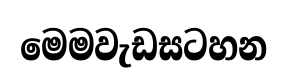
මෙමවැඩසටහන